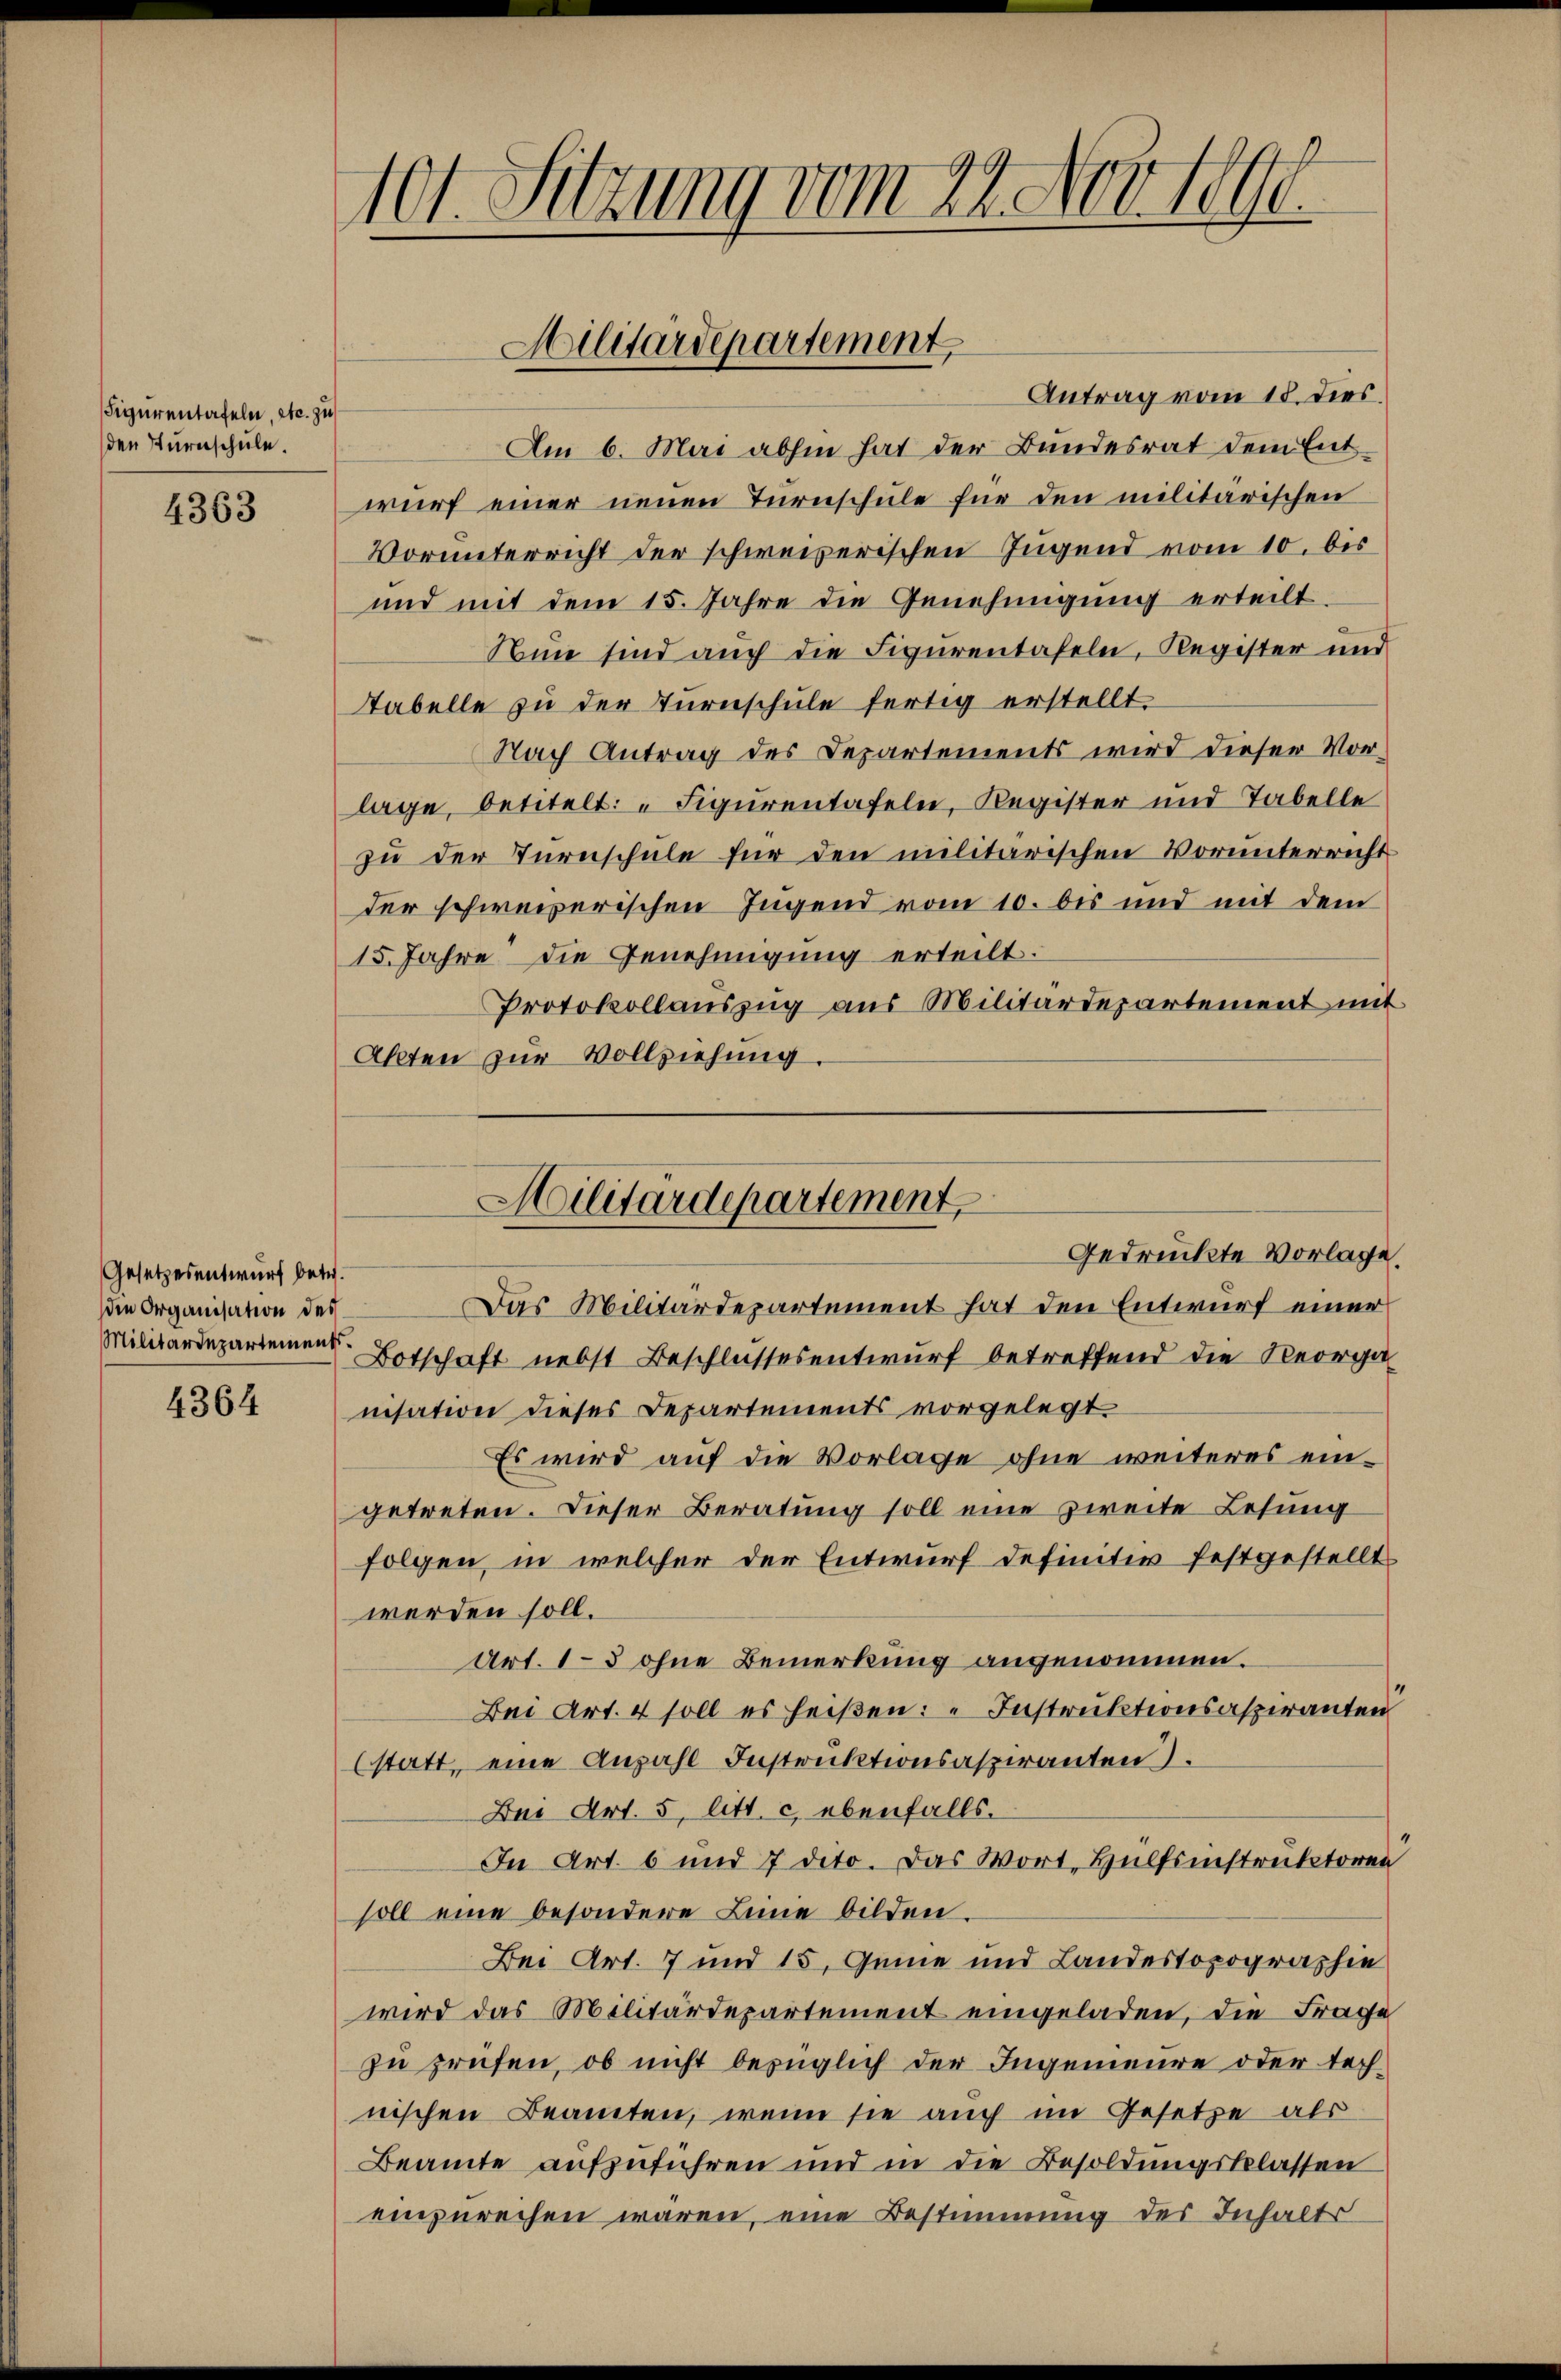
Figurentafeln, etc. zu
den Turnschule.

4363

Gesetzesentwurf betr.
die Organisation des
Militärdepartement.

4364

Antrag vom 18. dies.
Am 6. Mai abhin hat der Bundesrat dem Entwurf einer neuen Turnschule für den militärischen
Vorunterricht der schweizerischen Jugend vom 10. bis
und mit dem 15. Jahre die Genehmigung erteilt
Nun sind auch die Figurentafeln, Register und
Tabelle zu der Turnschule fertig erstellt
Nach Antrag des Departements wird dieser Vor-
lage, betitelt: " Figurentafeln, Register und Tabelle
zu der Turnschule für den militärischen Vorunterricht
der schweizerischen Jugend vom 10. bis und mit dem
15. Jahre die Genehmigung erteilt.
Protokollauszug aus Militärdepartement mit
Akten zur Vollziehung.

101. Sitzung vom 24. Nov. 1890.

Militärdepartement

Militärdepartement
Gedrückte Vorlage.

Das Militärdepartement hat den Entwurf einer
Botschaft nebst Beschlussesentwurf betreffend die Reorga
nisation dieses Departements vorgelegt
Es wird auf die Vorlage ohne weiteres eingetreten. Dieser Beratung soll eine zweite Lesung
folgen, in welcher der Entwurf definitiv festgestellt
werden soll.
Art. 1–3 ohne Bemerkung angenommen.
Bei Art. 4 soll es heißen: Instruktionsaspiranten
statt, eine Anzahl Instruktionsaspiranten).
Bei Art. 5, litt. c. ebenfalls.
In Art. 6 und 7 dito. Das Wort, Hülfsinstruktoren
soll eine besondere Leine bilden.
Bei Art. 7 und 15. Genie und Landestopographie
wird das Militärdepartement eingeladen, die Frage
zu preifen, ob nicht bezüglich der Ingenieure oder technischen Beamten, wenn sie auch im Gesetze als
Beamte aufzuführen und in die Besoldungsbelassen
einzurechen waren, eine Bestimmung des Inhalte